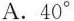
A.40°